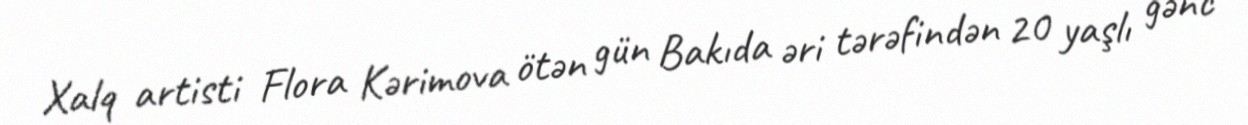
Xalq artisti Flora Kərimova ötən gün Bakıda əri tərəfindən 20 yaşlı gənc